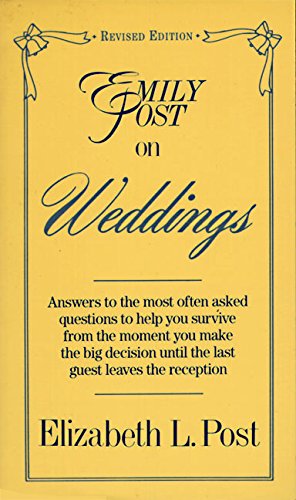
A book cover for Emily Post on Weddings: Revised Edition; Elizabeth L. Post; Crafts, Hobbies & Home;